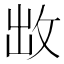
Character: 𭣩